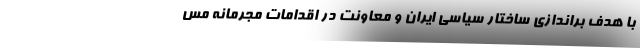
با هدف براندازی ساختار سیاسی ایران و معاونت در اقدامات مجرمانه مس